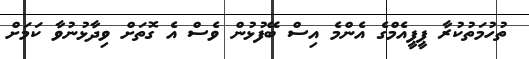
ތުހުމަތުކުރާ ޕީޕީއެމްގެ އެންމެ އިސް ބޭފުޅުން ވެސް އެ ގޮތަށް ވިދާޅުނުވާ ކަމަށް